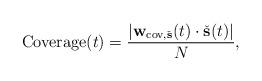
\begin{align*} \mathrm{Coverage}(t) = \frac{|\mathbf{w}_{\mathrm{cov}, \check{\mathbf{s}}}(t) \cdot \check{\mathbf{s}}(t)|}{N},\end{align*}